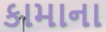
કામાના